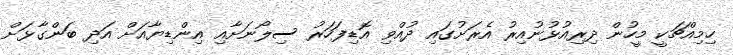
ހިމިއްޗަކީ މީހުން ދިރިއުޅުނުއިރު އެރަށުގައި ދުއްވި އޮޑިފަހަރު ސިލޯނަށާއި އިންޑިޔާއަށް އަދި ބަންގާޅަށް